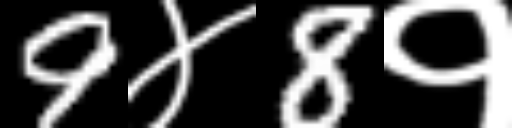
Text: 9४8१